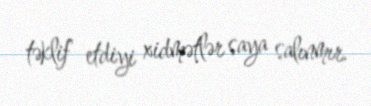
təklif etdiyi xidmətlər saya salınmır.